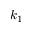
k _ { 1 }